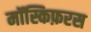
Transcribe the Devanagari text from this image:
मॉस्किफ़रस